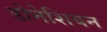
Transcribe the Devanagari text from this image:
डोनेशियन